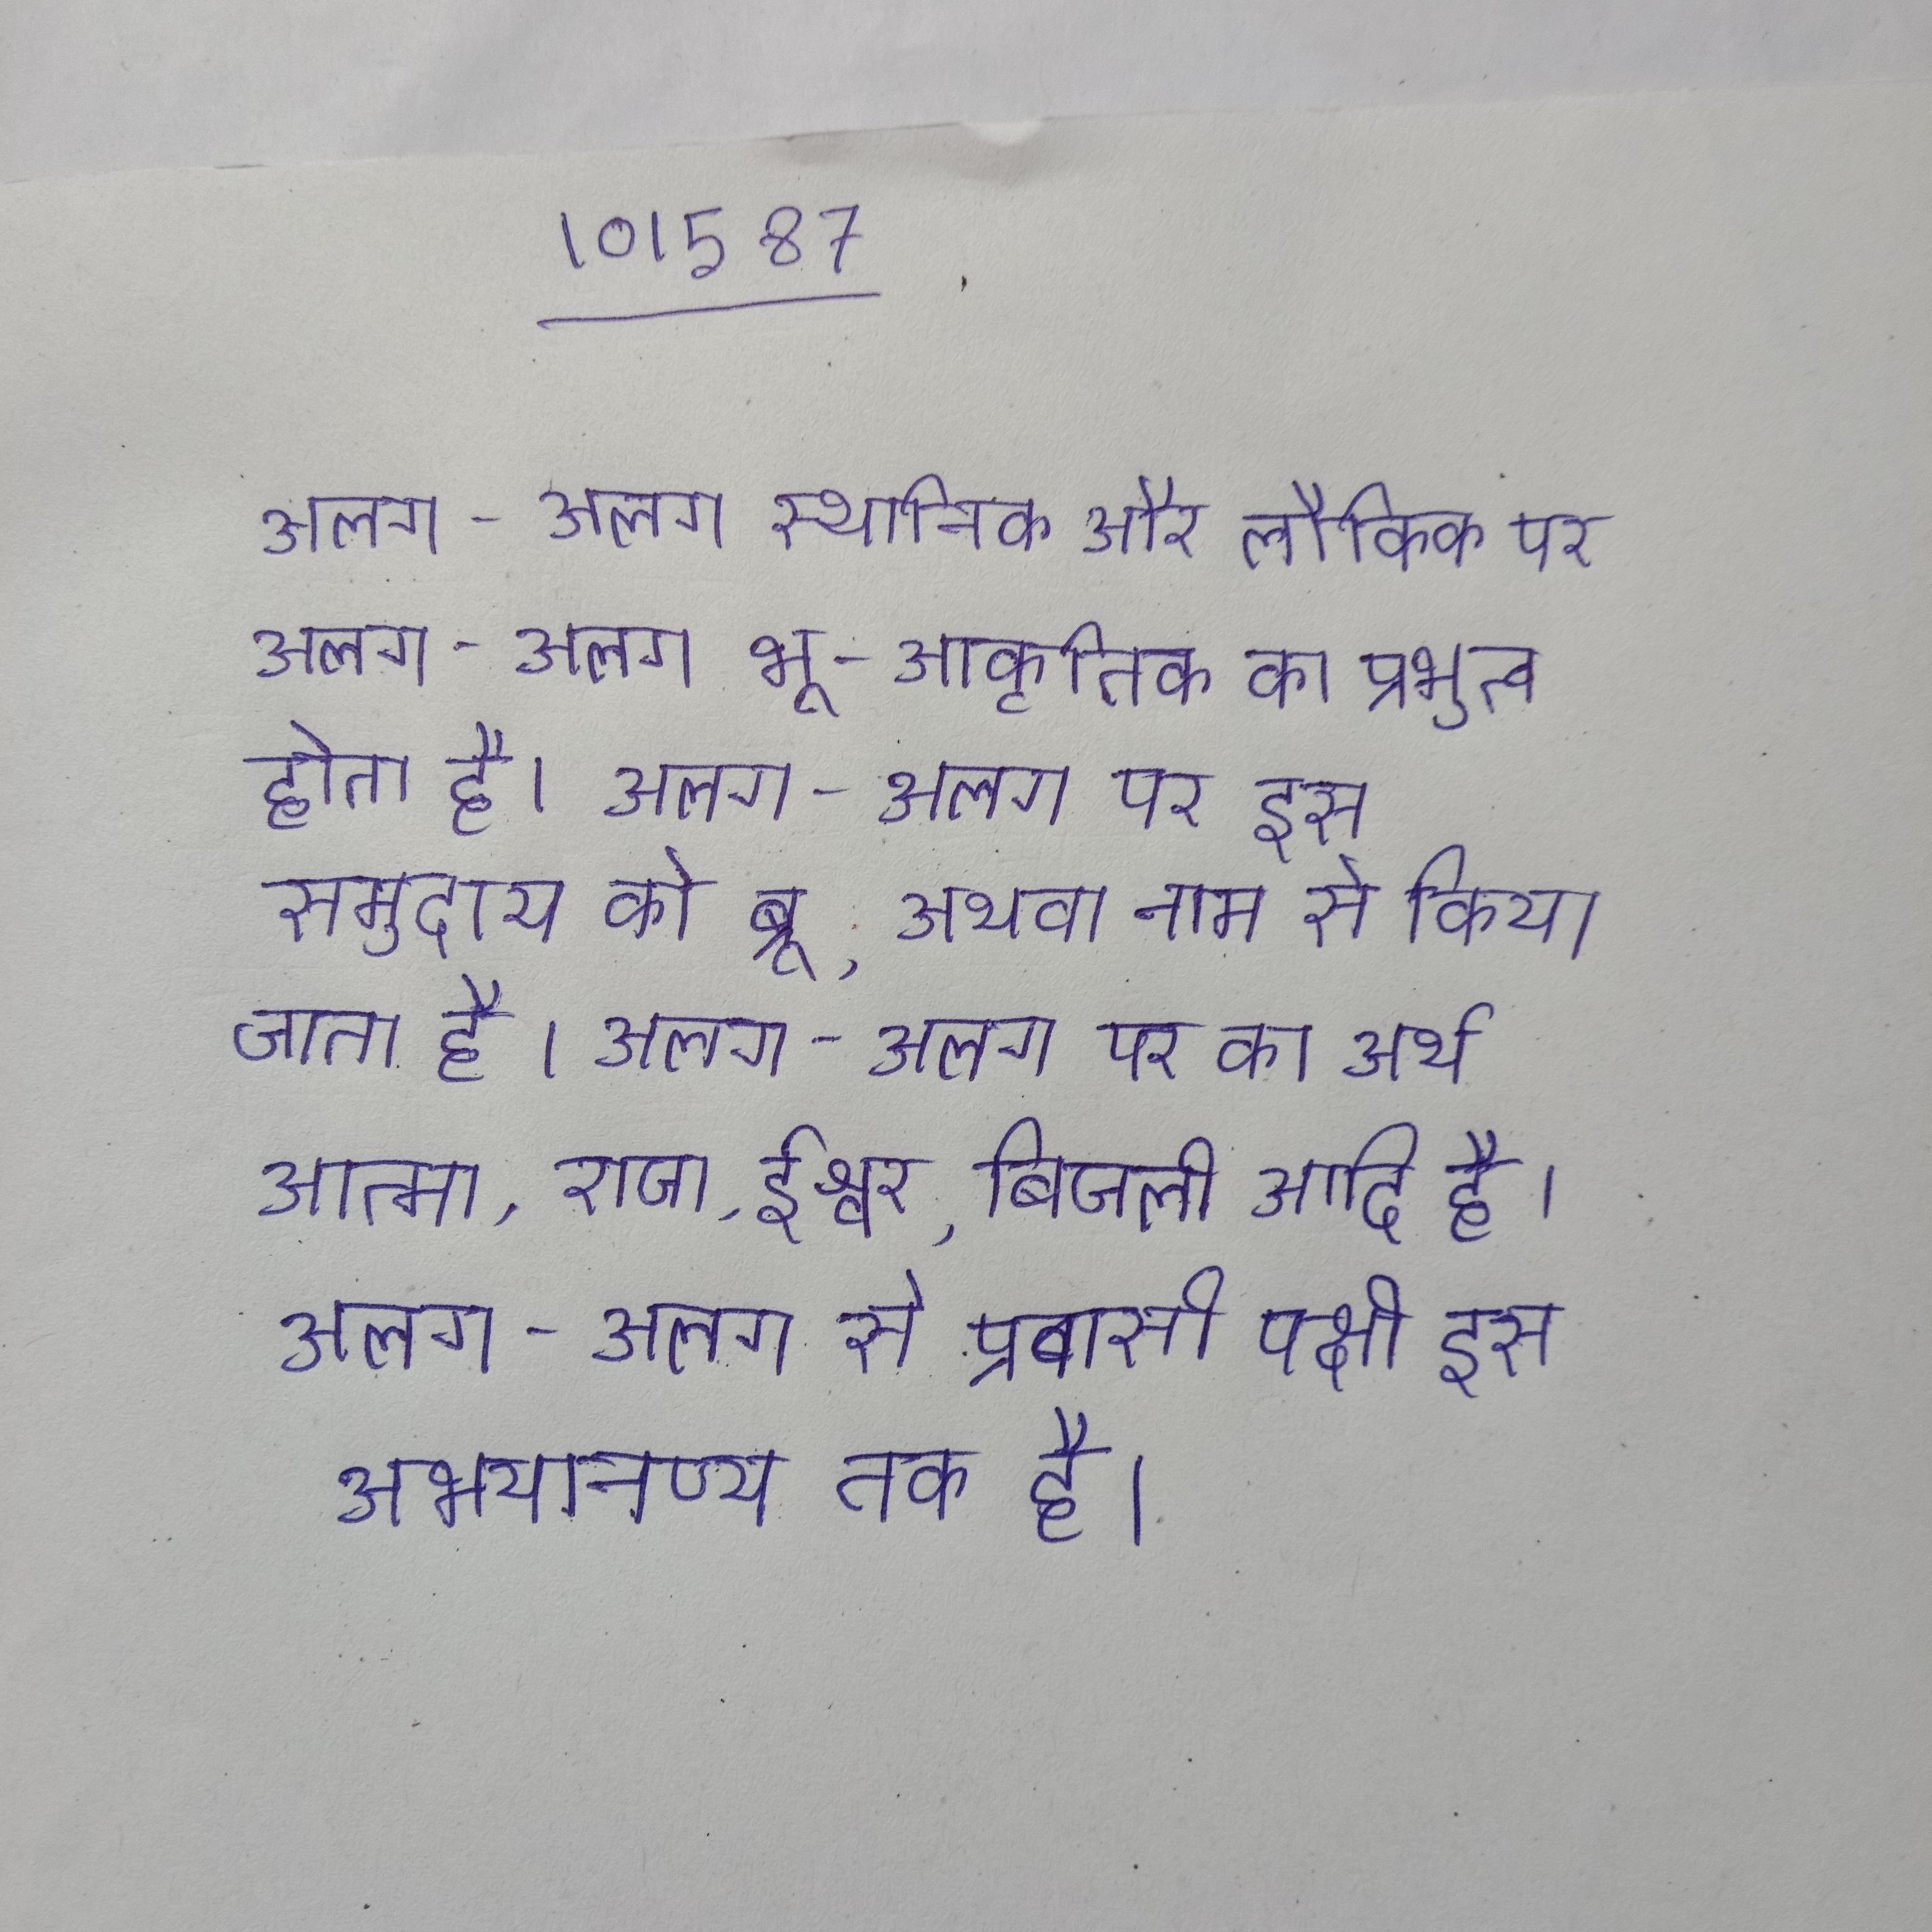
अलग-अलग स्थानिक और लौकिक पर अलग-अलग भू-आकृतिक का प्रभुत्व होता है । अलग-अलग पर इस समुदाय को ब्रू, अथवा नाम से किया जाता है । अलग-अलग पर का अर्थ आत्मा, राजा, ईश्वर, बिजली आदि है । अलग-अलग से प्रवासी पक्षी इस अभयारण्य तक है ।